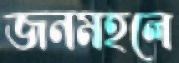
জনমহলে